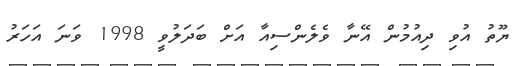
ޔޫތު އުވި ދިއުމުން އޭނާ ވެލެންސިއާ އަށް ބަދަލުވީ 1998 ވަނަ އަހަރު